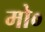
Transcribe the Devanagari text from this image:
मो०